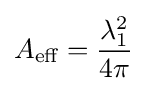
A_{\text{eff}}={\frac {\lambda _{1}^{2}}{4\pi }}